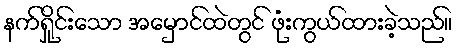
နက်ရှိုင်းသော အမှောင်ထဲတွင် ဖုံးကွယ်ထားခဲ့သည်။